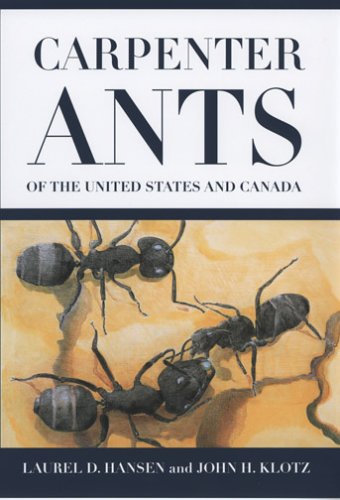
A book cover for Carpenter Ants of the United States and Canada; Laurel Hansen; Science & Math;